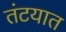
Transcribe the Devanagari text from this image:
तंटयात